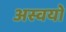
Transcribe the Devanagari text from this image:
अस्वयो